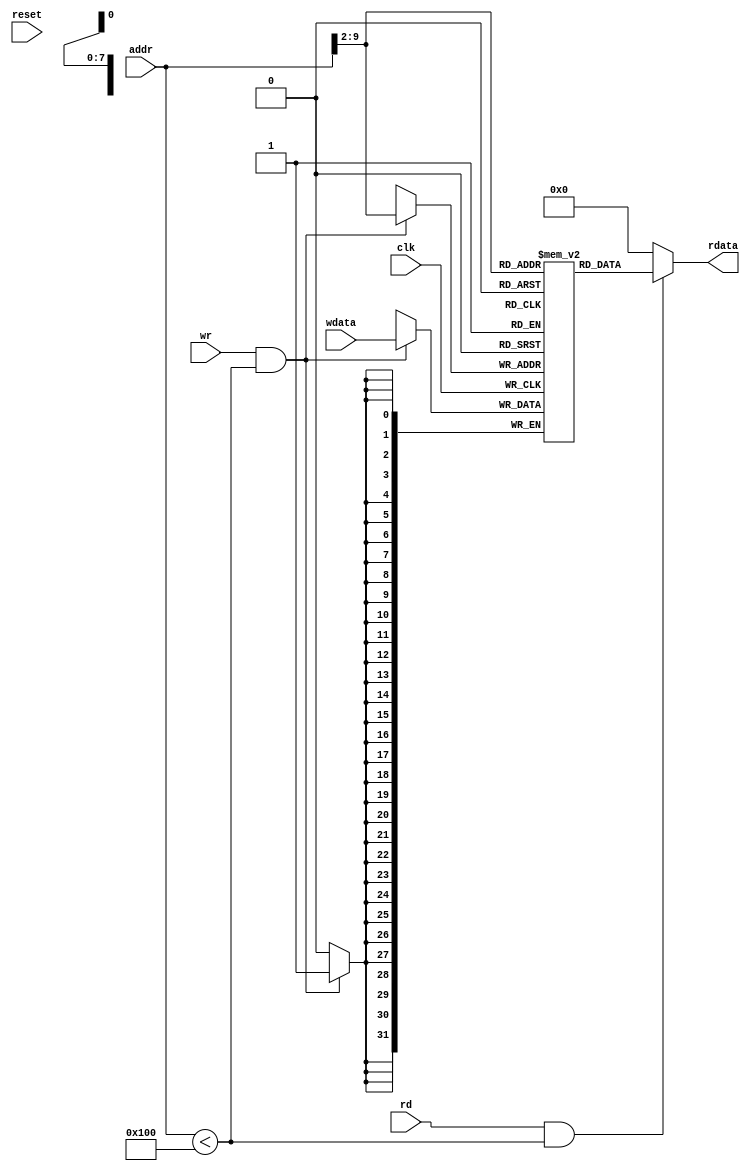
`timescale 1ns/1ps

module DataMem (reset,clk,rd,wr,addr,wdata,rdata);
input reset,clk;
input rd,wr;
input [31:0] addr;	//Address Must be Word Aligned
output [31:0] rdata;
input [31:0] wdata;

parameter RAM_SIZE = 256;
reg [31:0] RAMDATA [RAM_SIZE-1:0];

assign rdata=(rd && (addr < RAM_SIZE))?RAMDATA[addr[31:2]]:32'b0;

always@(posedge clk) begin
	if(wr && (addr < RAM_SIZE)) RAMDATA[addr[31:2]]<=wdata;
end

endmodule